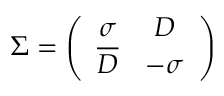
\Sigma = \left( \begin{array} { c c } { { \sigma } } & { { D } } \\ { { \overline { { D } } } } & { { - \sigma } } \end{array} \right)